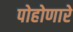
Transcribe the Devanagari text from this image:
पोहोणारे